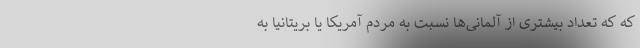
که که تعداد بیشتری از آلمانی‌ها نسبت به مردم آمریکا یا بریتانیا به